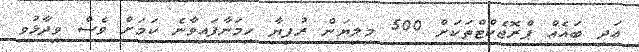
އަދި ބައެއް ޕްރޮޖެކްޓްތަކަށް 500 މިލިޔަން ރުފިޔާ ހިމަނާފައިވާނެ ކަމަށް ވެސް ވިދާޅުވި